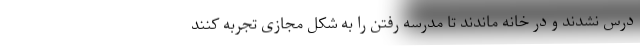
درس نشدند و در خانه ماندند تا مدرسه رفتن را به شکل مجازی تجربه کنند